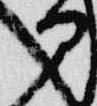
部